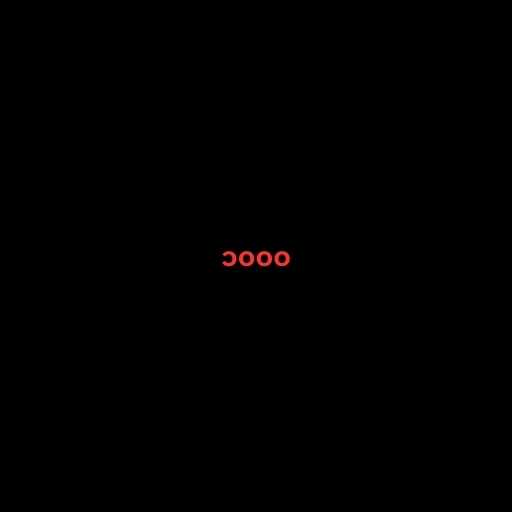
၁၀၀၀